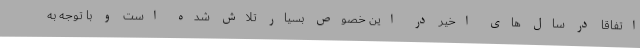
اتفاقا در سال های اخیر در این خصوص بسیار تلاش شده است و با توجه به